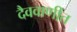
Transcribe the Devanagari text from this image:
दैववाणींत